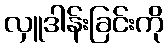
လှူဒါန်းခြင်းကို